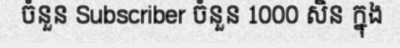
ចំនួន Subscriber ចំនួន 1000 សិន ក្នុង